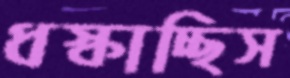
ধস্‌কাচ্ছিস